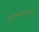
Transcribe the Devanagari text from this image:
गृहेवत्सलिकावितीर्णे